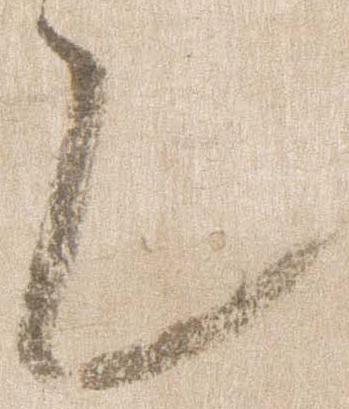
也